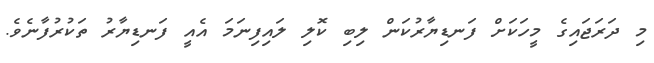
މި ދަރަޖައިގެ މީހަކަށް ފަނޑިޔާރުކަން ލިބި ކޮލި ލައިފިނަމަ އެއީ ފަނޑިޔާރު ތަކުރުފާނެވެ.